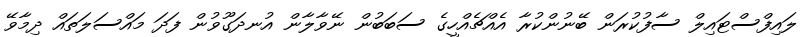
ލައިފްސްޓައިލް ސާފުކުރަން ބޭނުންކުރާ އެއްޗެއްހީގެ ސަބަބުން ނޭވާލާން އުނދަގޫވުން ފަދަ މައްސަލަތައް ދިމާވޭ